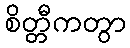
စိတ္တီကတွာ